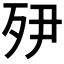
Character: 𭮅